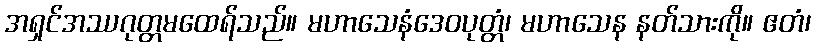
အရှင်အဿဂုတ္တမထေရ်သည်။ မဟာသေနံဒေဝပုတ္တံ၊ မဟာသေန နတ်သားကို။ ဧတံ၊